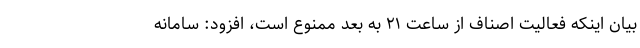
بیان اینکه فعالیت اصناف از ساعت ۲۱ به بعد ممنوع است، افزود: سامانه